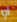
أو